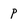
Character: p